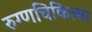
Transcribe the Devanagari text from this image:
रुग्णचिकित्सा